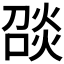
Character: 𪹑